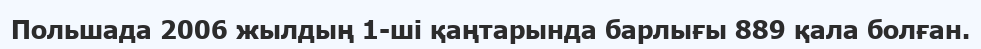
Польшада 2006 жылдың 1-ші қаңтарында барлығы 889 қала болған.